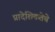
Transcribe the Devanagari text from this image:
प्रादेशिकतेचे